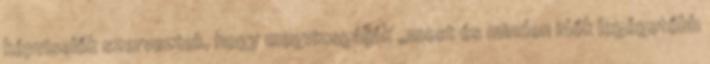
képviselők szerveztek, hogy megvizsgálják „most és minden idők legégetőbb